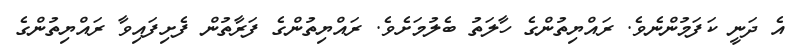
އެ ދަނީ ކަފަމުންނެވެ. ރައްޔިތުންގެ ހާލަތު ބެލުމަށެވެ. ރައްޔިތުންގެ ފަރާތުން ފެށިފައިވާ ރައްޔިތުންގެ